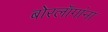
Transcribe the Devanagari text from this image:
बोरलॉगांना